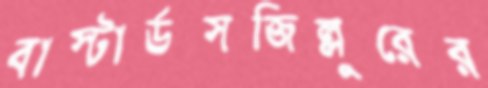
বাস্টার্ডসজিল্লুরের